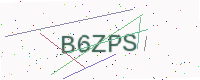
Text: B6ZPS